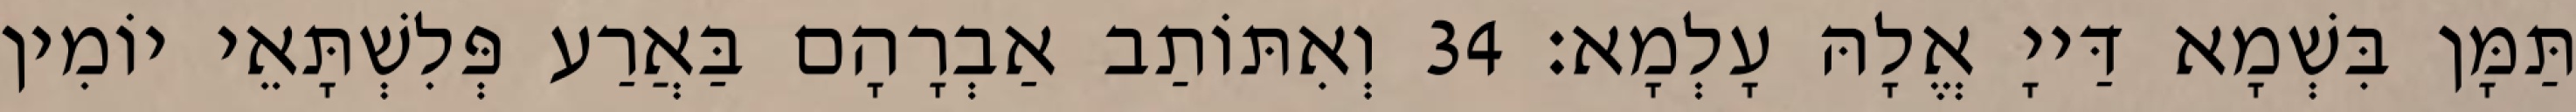
תַּמָּן בִּשְׁמָא דַּייָ אֱלָהּ עָלְמָא׃ 34 וְאִתּוֹתַב אַבְרָהָם בַּאֲרַע פְּלִשְׁתָּאֵי יוֹמִין